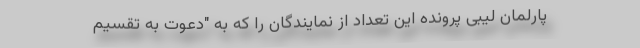
پارلمان لیبی پرونده این تعداد از نمایندگان را که به "دعوت به تقسیم